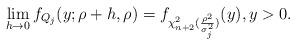
LaTeX: \begin{align*}\lim_{h\rightarrow 0} f_{Q_j}(y;\rho+h,\rho) = f_{\chi^2_{n+2}(\frac{\rho^2}{\sigma_j^2})}(y), y>0.\end{align*}